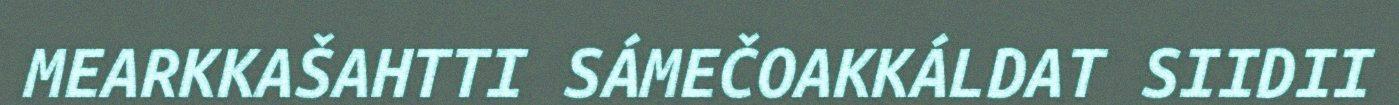
MEARKKAŠAHTTI SÁMEČOAKKÁLDAT SIIDII